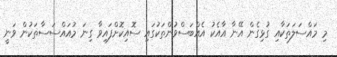
މި މައްސަލަތަކާއި ގުޅިގެން އޭނާ އާއެކު އެއްބަސްވުންތަކުގައި ސޮއިކޮށްފައިވާ ގިނަ މުއައްސަސާތަކުން ވަނީ